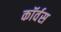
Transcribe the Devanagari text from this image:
कॉर्वस